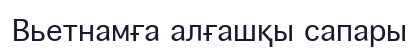
Вьетнамға алғашқы сапары